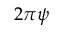
2 \pi \psi